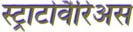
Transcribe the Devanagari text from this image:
स्ट्राटोवैरिअस